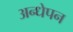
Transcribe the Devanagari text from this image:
अन्धेपन